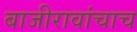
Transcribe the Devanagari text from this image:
बाजीरावांचाच